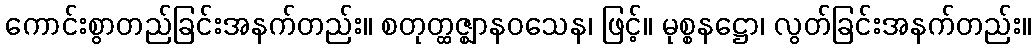
ကောင်းစွာတည်ခြင်းအနက်တည်း။ စတုတ္ထဇ္ဈာနဝသေန၊ ဖြင့်။ မုစ္စနဋ္ဌော၊ လွတ်ခြင်းအနက်တည်း။